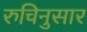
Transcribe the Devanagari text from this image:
रुचिनुसार